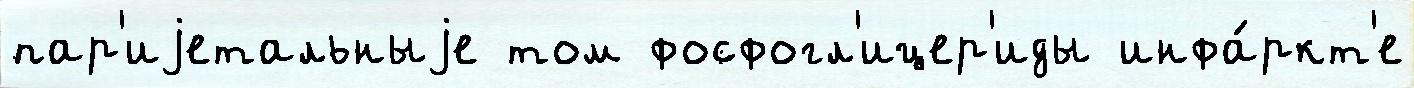
пар'иjетальныjе том фосфогл'ицер'иды инфа́ркт'е